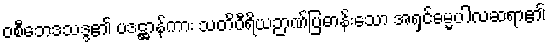
ဝစီဘေဒသဒ္ဒ၏ ပဒဋ္ဌာန်ကား သတိဝီရိယဉာဏ်ပြဓာန်းသော အရှင်ဓမ္မပါလဆရာ၏